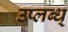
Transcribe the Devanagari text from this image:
उप्लब्ध्